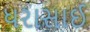
ધરાસાઈ